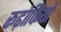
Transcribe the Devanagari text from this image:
रूढ़ोक्तियों